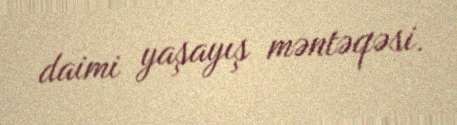
daimi yaşayış məntəqəsi.